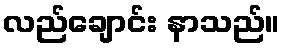
လည်ချောင်း နာသည်။